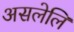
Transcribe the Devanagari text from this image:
असलेलि